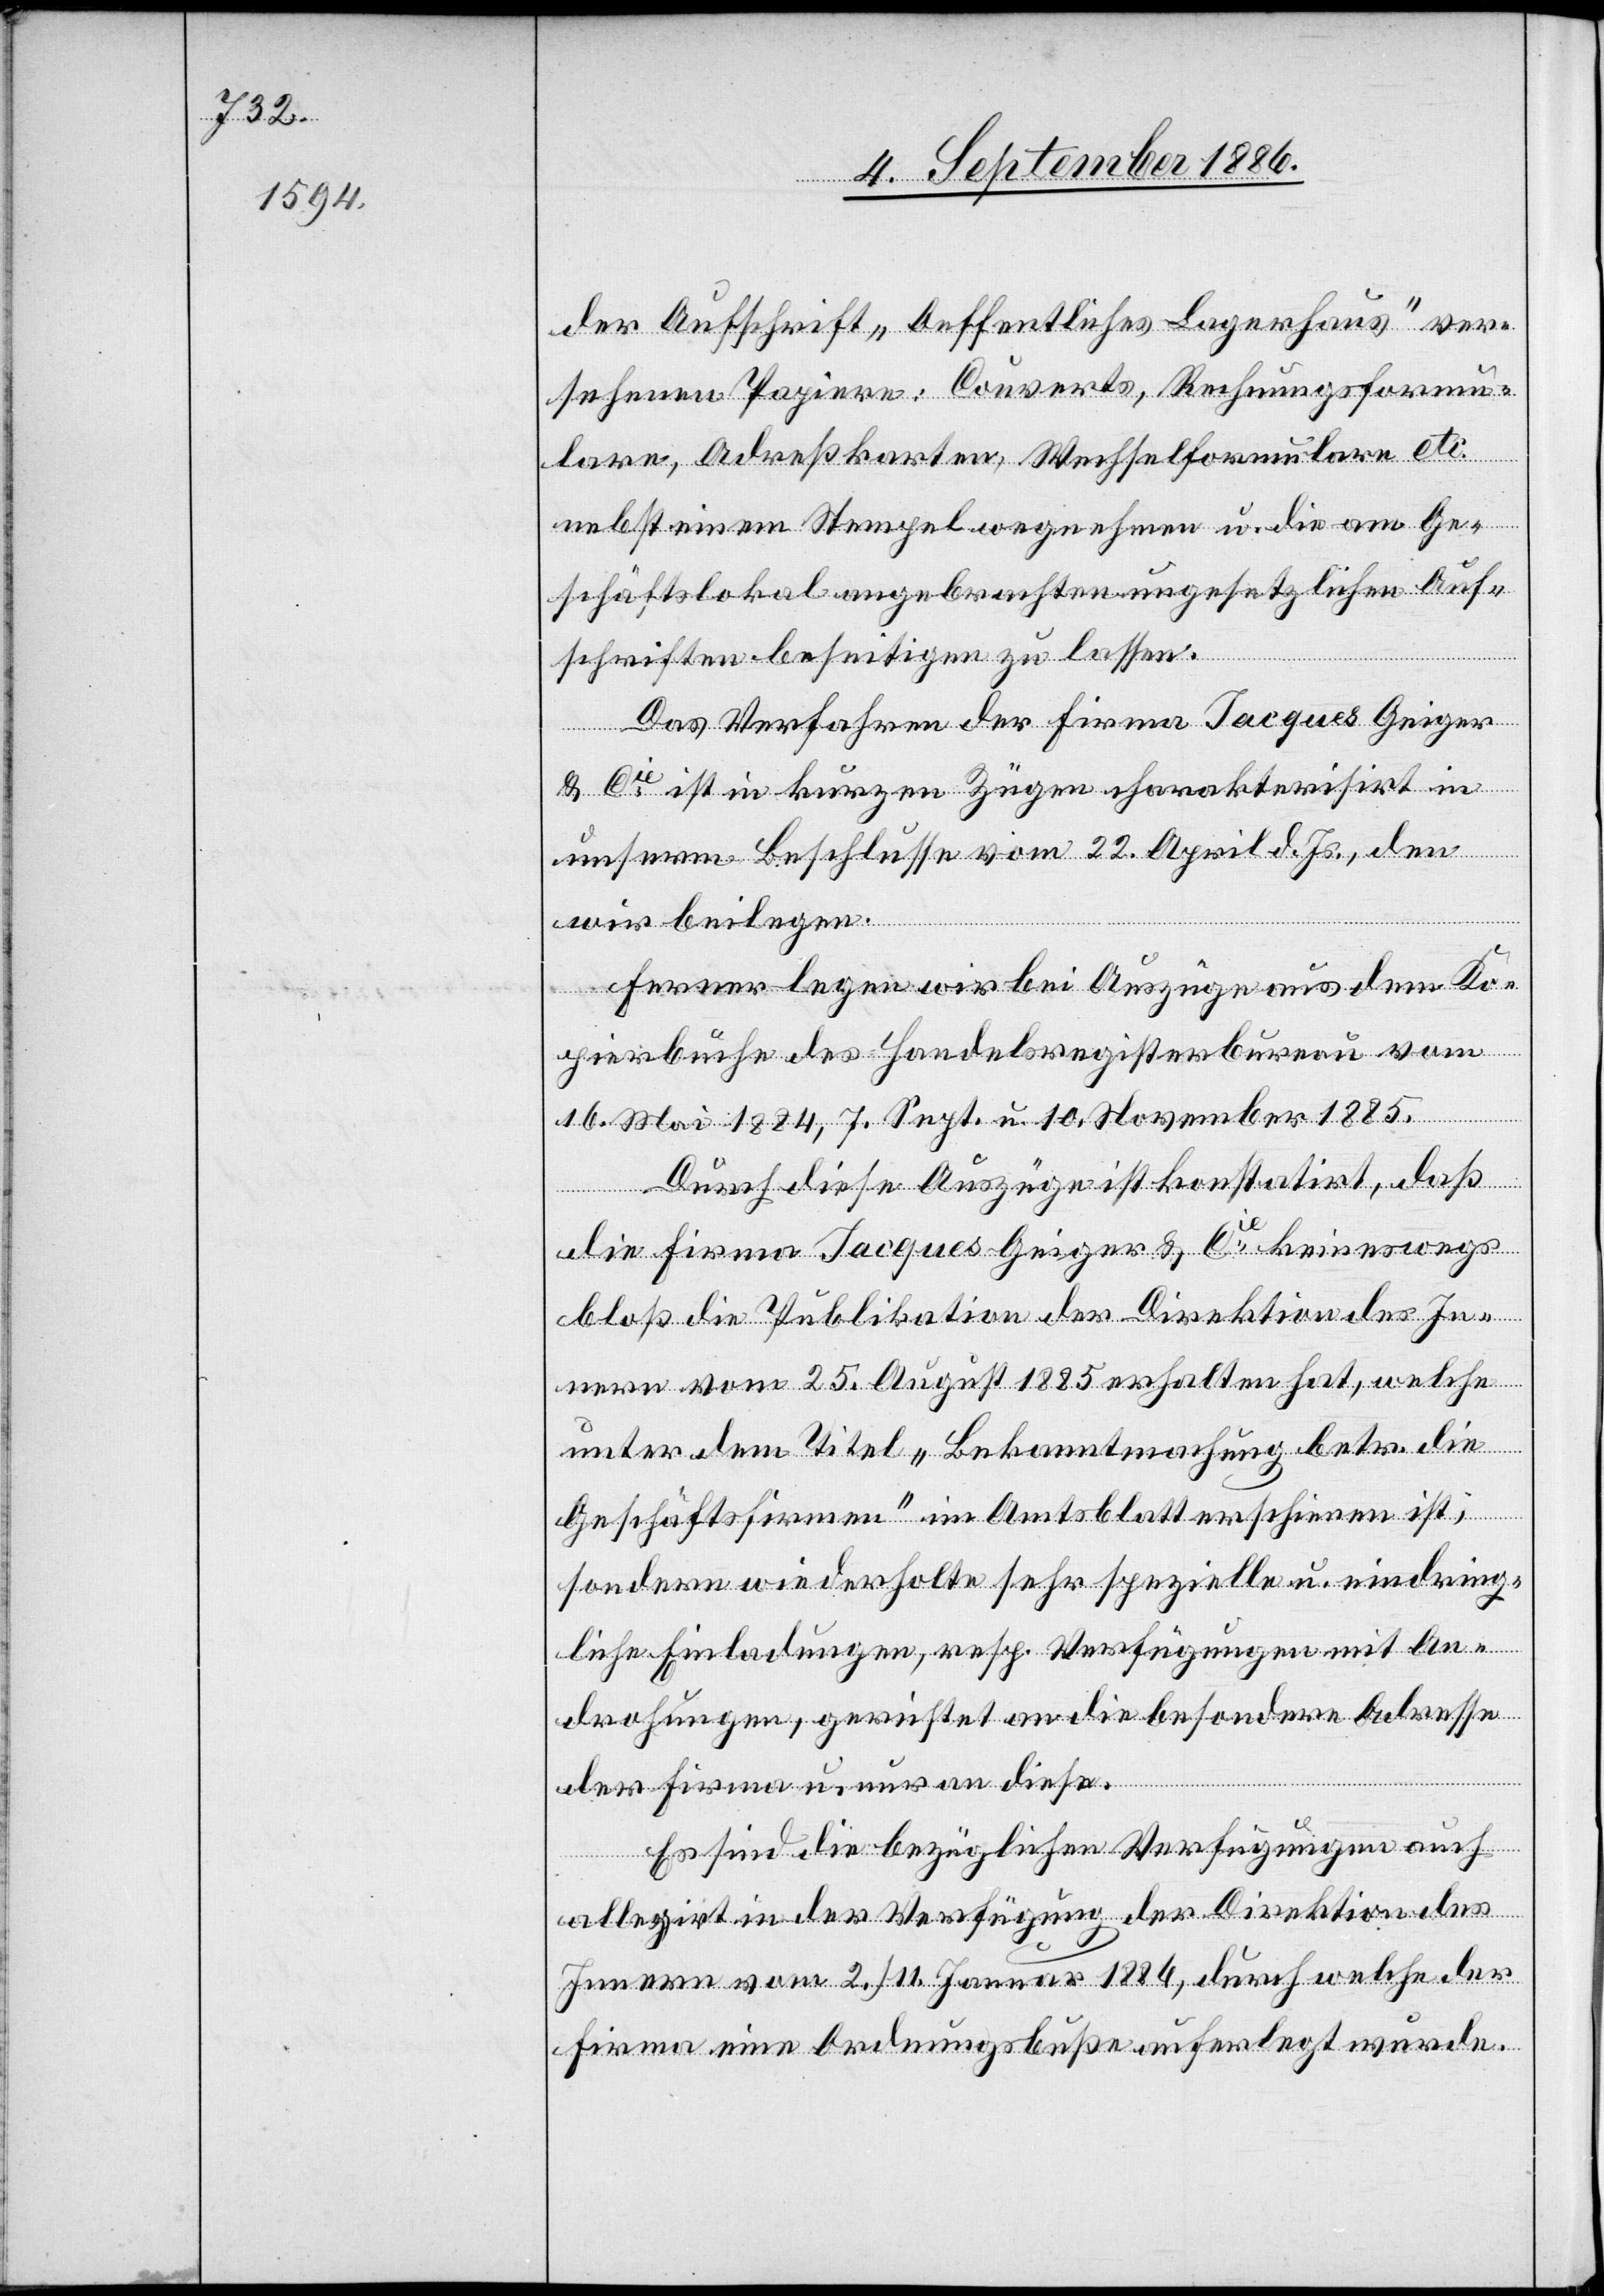
sehenen Papiere: Couverts, Rechnungsformu¬
lare, Adreßkarten, Wechselformulare etc.
nebst einem Stempel wegnehmen u. die am Ge¬
schäftslokal angebrachten ungesetzlichen Auf¬
schriften beseitigen zu lassen.
Das Verfahren der Firma Jacques Geier
& Cie ist in kurzen Zügen charakterisirt in
unserm Beschlusse vom 22. April d. Js., den
wir beilegen.
ver¬
Ferner legen wir bei Auszüge aus dem Ko¬
pierbuche des Handelsregisterbureau vom
16. Mai 1884, 7. Sept. u. 10. November 1885.
Durch diese Auszüge ist konstatirt, daß
die Firma Jacques Geiger & Cie keineswegs
bloß die Publikation der Direktion des In¬
nern vom 25. August 1885 erhalten hat, welche
unter dem Titel „Bekanntmachung betr. die
Geschäftsfirma“ im Amtsblatt erschienen ist;
sondern wiederholte sehr spezielle u. eindring¬
liche Einladungen, resp. Verfügungen mit An¬
drohungen, gerichtet an die besondere Adresse
der Firma u. nur an diese.
Es sind die bezüglichen Verfügungen auch
allegirt in der Verfügung der Direktion des
Innern vom 2./11. Januar 1886, durch welche der
Firma eine Ordnungsbuße auferlegt wurde.